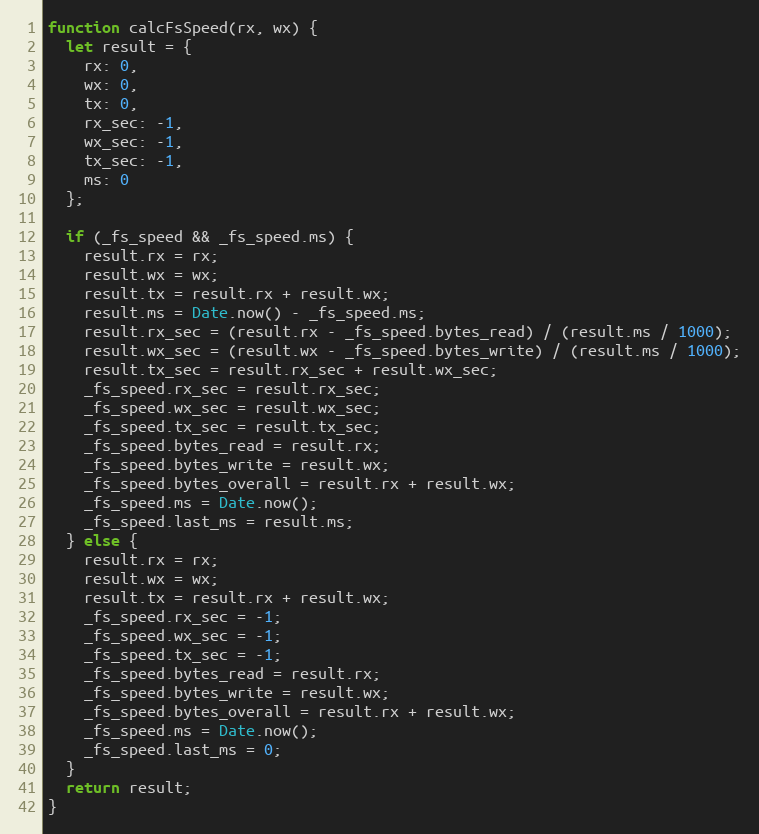
Language: JavaScript
function calcFsSpeed(rx, wx) {
  let result = {
    rx: 0,
    wx: 0,
    tx: 0,
    rx_sec: -1,
    wx_sec: -1,
    tx_sec: -1,
    ms: 0
  };

  if (_fs_speed && _fs_speed.ms) {
    result.rx = rx;
    result.wx = wx;
    result.tx = result.rx + result.wx;
    result.ms = Date.now() - _fs_speed.ms;
    result.rx_sec = (result.rx - _fs_speed.bytes_read) / (result.ms / 1000);
    result.wx_sec = (result.wx - _fs_speed.bytes_write) / (result.ms / 1000);
    result.tx_sec = result.rx_sec + result.wx_sec;
    _fs_speed.rx_sec = result.rx_sec;
    _fs_speed.wx_sec = result.wx_sec;
    _fs_speed.tx_sec = result.tx_sec;
    _fs_speed.bytes_read = result.rx;
    _fs_speed.bytes_write = result.wx;
    _fs_speed.bytes_overall = result.rx + result.wx;
    _fs_speed.ms = Date.now();
    _fs_speed.last_ms = result.ms;
  } else {
    result.rx = rx;
    result.wx = wx;
    result.tx = result.rx + result.wx;
    _fs_speed.rx_sec = -1;
    _fs_speed.wx_sec = -1;
    _fs_speed.tx_sec = -1;
    _fs_speed.bytes_read = result.rx;
    _fs_speed.bytes_write = result.wx;
    _fs_speed.bytes_overall = result.rx + result.wx;
    _fs_speed.ms = Date.now();
    _fs_speed.last_ms = 0;
  }
  return result;
}